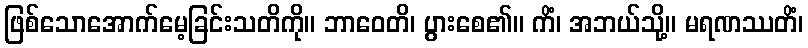
ဖြစ်သောအောက်မေ့ခြင်းသတိကို။ ဘာဝေတိ၊ ပွားစေ၏။ ကိံ၊ အဘယ်သို့။ မရဏဿတိံ၊